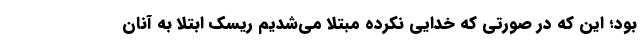
بود؛ این که در صورتی که خدایی نکرده مبتلا می‌شدیم ریسک ابتلا به آنان